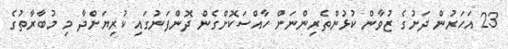
23 އަހަރުން ދަށުގެ ޒުވާން ކުޅުންތެރިންނަށް ހާއްސަކޮށްގެން ދޮންފަނުގައި ކުރިޔަށްދާ މި މުބާރާތުގެ